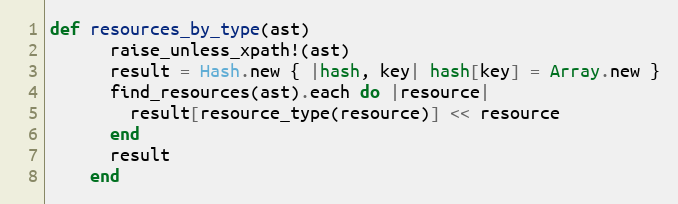
Language: Ruby
def resources_by_type(ast)
      raise_unless_xpath!(ast)
      result = Hash.new { |hash, key| hash[key] = Array.new }
      find_resources(ast).each do |resource|
        result[resource_type(resource)] << resource
      end
      result
    end